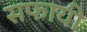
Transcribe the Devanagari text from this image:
सफायी